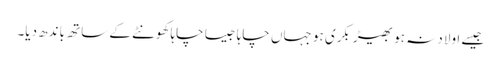
جیسے اولاد نہ ہو بھیڑ بکری ہو جہاں چاہا جیسا چاہا کھونٹے کے ساتھ باندھ دیا۔